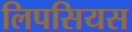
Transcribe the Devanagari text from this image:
लिपसियस